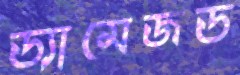
ড্যামেজড